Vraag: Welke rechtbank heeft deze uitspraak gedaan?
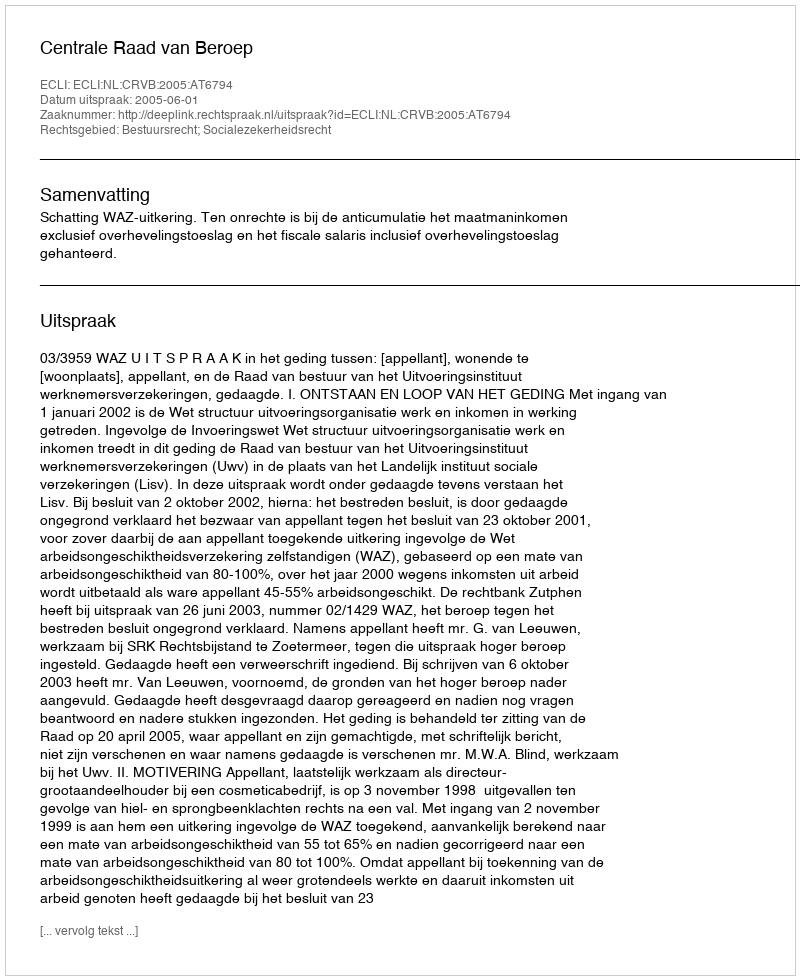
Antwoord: Centrale Raad van Beroep